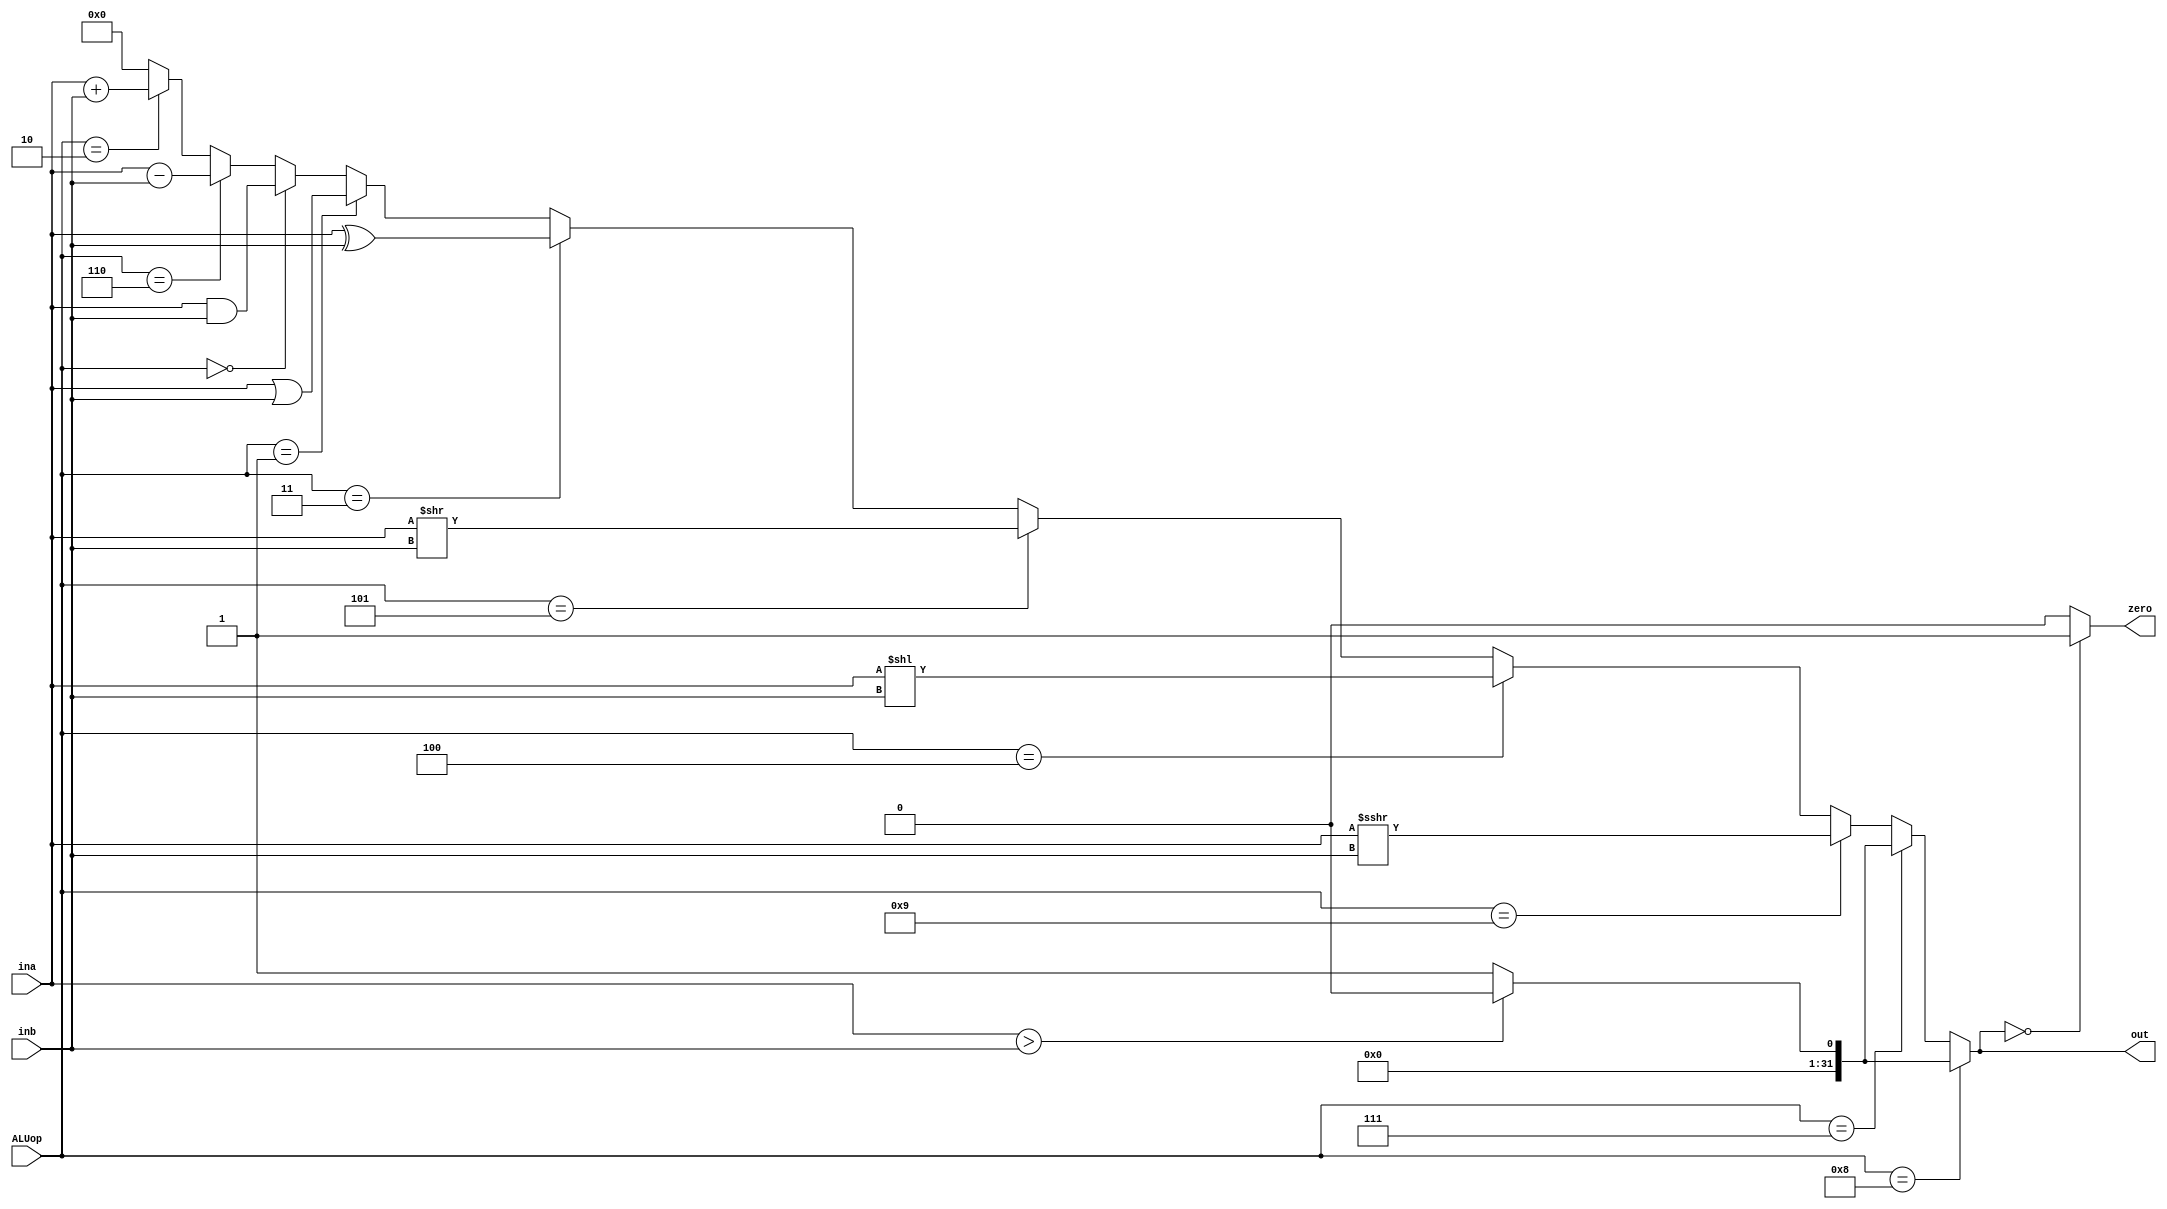
module ALU(input[3:0] ALUop,
            input[31:0] ina, inb,
            output zero,
            output reg [31:0] out);
            
    reg [32:0] a,b;
    reg aux;
    initial begin
        out = 32'b0;
        aux = 1;
    end
            
    always @(*) begin

        out = 32'b0;
        if (ALUop == 4'b0010)
            out = ina + inb; //add
            
        if (ALUop == 4'b0110)
            out = ina - inb; //sub
            
        if (ALUop == 4'b0000)
            out = ina & inb; //and
            
        if (ALUop == 4'b0001)
            out = ina | inb; //or
            
        if (ALUop == 4'b0011)
            out = ina ^ inb; //xor
            
        if (ALUop == 4'b0101)
            out = ina >> inb; //srl
            
        if (ALUop == 4'b0100)
            out = ina << inb; //sll
            
        if (ALUop == 4'b1001)
            out = ina >>> inb; // sra
            
        if (ALUop == 4'b0111) //slt
            if (ina > inb)
                out = 0;
            else
                out = 1;
        if (ALUop == 4'b1000) begin
            a = {0,ina};
            b = {0,inb};
            if (a > b)
                out = 32'b0;
            else
                out = {31'b0, 1'b1};
        end
        if(out == 0)
            aux = 1;
        else 
            aux = 0;
    end
    assign zero = aux;
    
endmodule